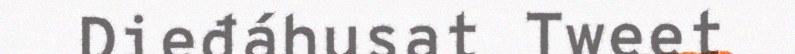
Dieđáhusat Tweet